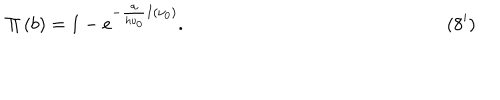
\qquad \qquad \qquad \qquad \qquad \quad \quad \quad \Pi \left( b \right) = 1 - e ^ { - \frac { \alpha } { h \nu _ { 0 } } I ( { \nu _ { 0 } } ) } . \qquad \qquad \qquad \qquad \qquad \qquad \quad \quad ( 8 ^ { \prime } )